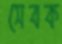
সেবক